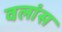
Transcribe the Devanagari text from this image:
वलांस